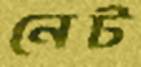
নেট